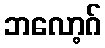
ဘလော့ဂ်